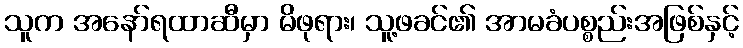
သူက အနော်ရထာဆီမှာ မိဖုရား၊ သူ့ဖခင်၏ အာမခံပစ္စည်းအဖြစ်နှင့်